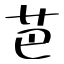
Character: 芭